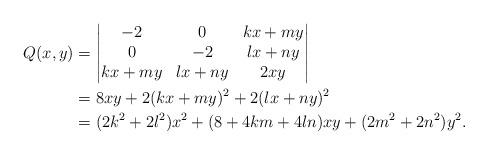
LaTeX: \begin{align*}Q(x,y)&= \begin{vmatrix}-2 & 0 & kx+my \\ 0 & -2 & lx+ny \\ kx+my & lx+ny & 2xy\end{vmatrix} \\&=8xy+2(kx+my)^2+2(lx+ny)^2 \\&=(2k^2+2l^2)x^2+(8+4km+4ln)xy+(2m^2+2n^2)y^2.\end{align*}